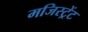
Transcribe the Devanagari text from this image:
मजिस्ट्रेंट